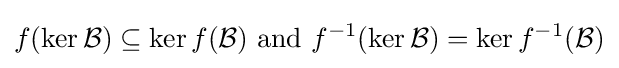
f(\ker {\mathcal {B}})\subseteq \ker f({\mathcal {B}}){\text{ and }}f^{-1}(\ker {\mathcal {B}})=\ker f^{-1}({\mathcal {B}})